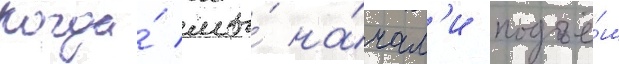
Когда́ мы́ на́чал'и подъё́м